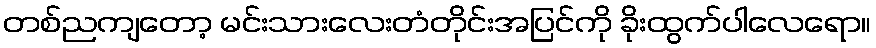
တစ်ညကျတော့ မင်းသားလေးတံတိုင်းအပြင်ကို ခိုးထွက်ပါလေရော။